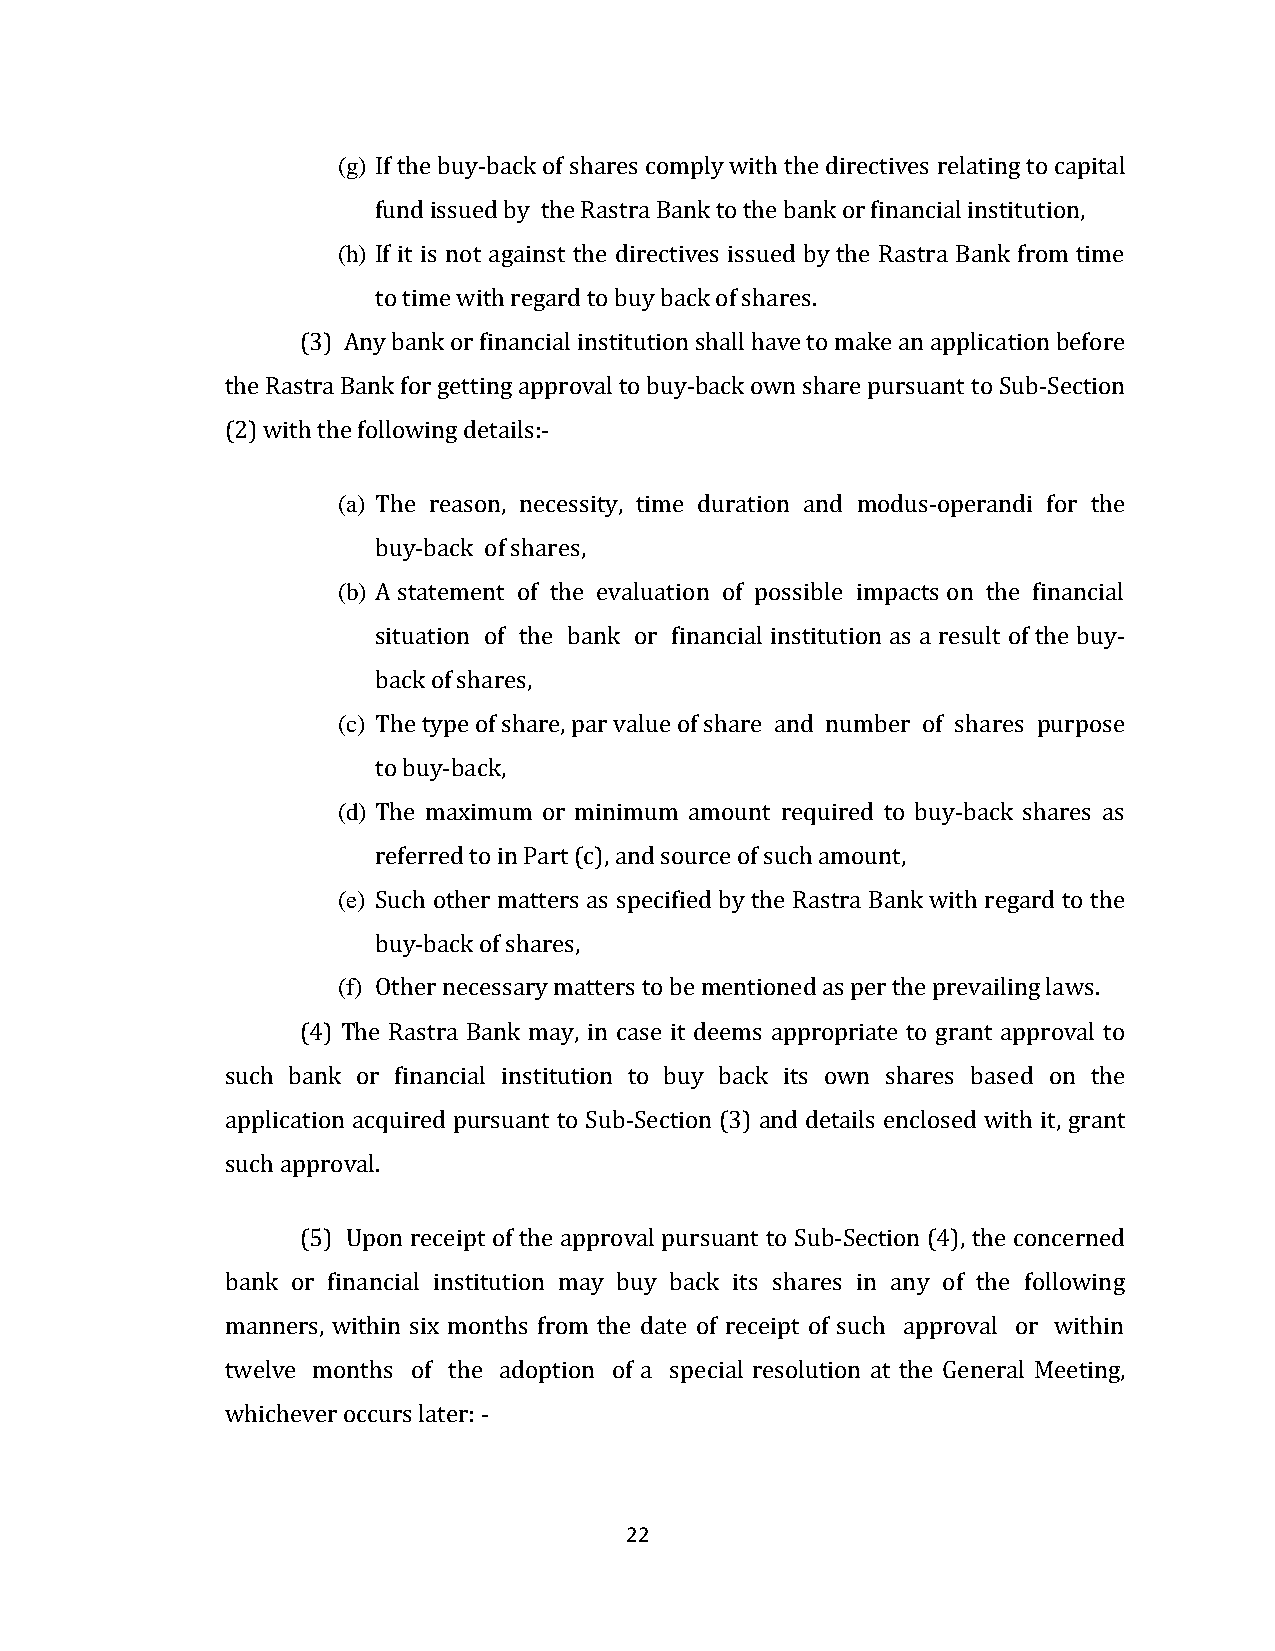
(g) If the buy-back of shares comply with the directives relating to capital
 fund issued by the Rastra Bank to the bank or financial institution,
 (h) If it is not against the directives issued by the Rastra Bank from time
 to time with regard to buy back of shares.
 (3) Any bank or financial institution shall have to make an application before
 the Rastra Bank for getting approval to buy-back own share pursuant to Sub-Section
 (2) with the following details:-
 (a) The reason, necessity, time duration and modus-operandi for the
 buy-back of shares,
 (b) A statement of the evaluation of possible impacts on the financial
 situation of the bank or financial institution as a result of the buy-
 back of shares,
 (c) The type of share, par value of share and number of shares purpose
 to buy-back,
 (d) The maximum or minimum amount required to buy-back shares as
 referred to in Part (c), and source of such amount,
 (e) Such other matters as specified by the Rastra Bank with regard to the
 buy-back of shares,
 (f) Other necessary matters to be mentioned as per the prevailing laws.
 (4) The Rastra Bank may, in case it deems appropriate to grant approval to
 such bank or financial institution to buy back its own shares based on the
 application acquired pursuant to Sub-Section (3) and details enclosed with it, grant
 such approval.
 (5) Upon receipt of the approval pursuant to Sub-Section (4), the concerned
 bank or financial institution may buy back its shares in any of the following
 manners, within six months from the date of receipt of such approval or within
 twelve months of the adoption of a special resolution at the General Meeting,
 whichever occurs later: -
 22